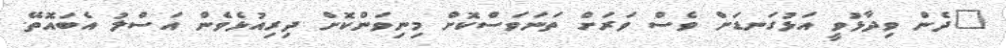
"ދެން ވިދާޅުވީ އަޅުގަނޑަށް ވެސް ވަރަށް ތަނަވަސްކޮށް މިނިވަންކޮށް ދިރިއުޅެވެން އަސްލު އެބައޮތޭ.